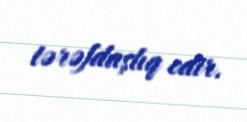
tərəfdaşlıq edir.